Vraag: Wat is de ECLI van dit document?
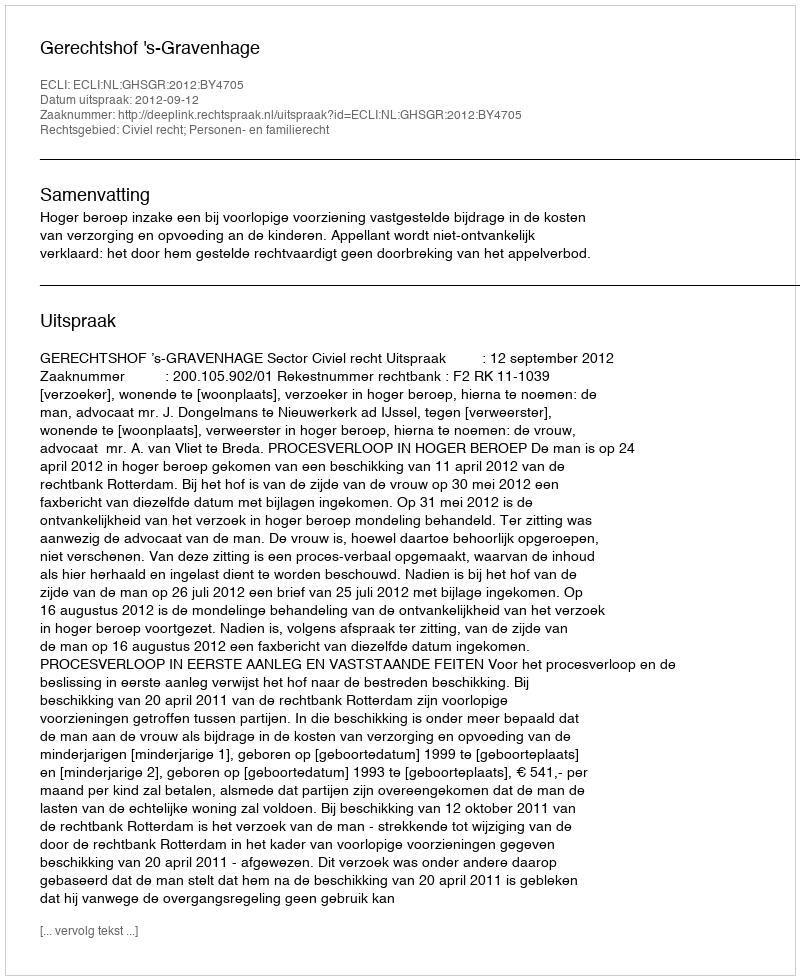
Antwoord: ECLI:NL:GHSGR:2012:BY4705